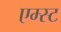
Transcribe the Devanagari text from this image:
एम्स्ट